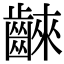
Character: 𪘨